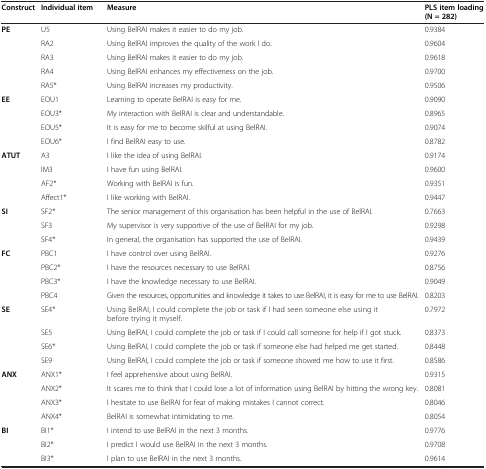
<table><thead><tr><td><b>Construct</b></td><td><b>Individual item</b></td><td><b>Measure</b></td><td><b>PLS item loading (N = 282)</b></td></tr></thead><tbody><tr><td><b>PE</b></td><td>U5</td><td>Using BelRAI makes it easier to do my job.</td><td>0.9384</td></tr><tr><td> </td><td>RA2</td><td>Using BelRAI improves the quality of the work I do.</td><td>0.9604</td></tr><tr><td> </td><td>RA3</td><td>Using BelRAI makes it easier to do my job.</td><td>0.9618</td></tr><tr><td> </td><td>RA4</td><td>Using BelRAI enhances my effectiveness on the job.</td><td>0.9700</td></tr><tr><td> </td><td>RA5*</td><td>Using BelRAI increases my productivity.</td><td>0.9506</td></tr><tr><td><b>EE</b></td><td>EOU1</td><td>Learning to operate BelRAI is easy for me.</td><td>0.9090</td></tr><tr><td> </td><td>EOU3*</td><td>My interaction with BelRAI is clear and understandable.</td><td>0.8965</td></tr><tr><td> </td><td>EOU5*</td><td>It is easy for me to become skilful at using BelRAI.</td><td>0.9074</td></tr><tr><td> </td><td>EOU6*</td><td>I find BelRAI easy to use.</td><td>0.8782</td></tr><tr><td><b>ATUT</b></td><td>A3</td><td>I like the idea of using BelRAI.</td><td>0.9174</td></tr><tr><td> </td><td>IM3</td><td>I have fun using BelRAI.</td><td>0.9600</td></tr><tr><td> </td><td>AF2*</td><td>Working with BelRAI is fun.</td><td>0.9351</td></tr><tr><td> </td><td>Affect1*</td><td>I like working with BelRAI.</td><td>0.9447</td></tr><tr><td><b>SI</b></td><td>SF2*</td><td>The senior management of this organisation has been helpful in the use of BelRAI.</td><td>0.7663</td></tr><tr><td> </td><td>SF3</td><td>My supervisor is very supportive of the use of BelRAI for my job.</td><td>0.9298</td></tr><tr><td> </td><td>SF4*</td><td>In general, the organisation has supported the use of BelRAI.</td><td>0.9439</td></tr><tr><td><b>FC</b></td><td>PBC1</td><td>I have control over using BelRAI.</td><td>0.9276</td></tr><tr><td> </td><td>PBC2*</td><td>I have the resources necessary to use BelRAI.</td><td>0.8756</td></tr><tr><td> </td><td>PBC3*</td><td>I have the knowledge necessary to use BelRAI.</td><td>0.9049</td></tr><tr><td> </td><td>PBC4</td><td>Given the resources, opportunities and knowledge it takes to use BelRAI, it is easy for me to use BelRAI.</td><td>0.8203</td></tr><tr><td><b>SE</b></td><td>SE4*</td><td>Using BelRAI, I could complete the job or task if I had seen someone else using it before trying it myself.</td><td>0.7972</td></tr><tr><td> </td><td>SE5</td><td>Using BelRAI, I could complete the job or task if I could call someone for help if I got stuck.</td><td>0.8373</td></tr><tr><td> </td><td>SE6*</td><td>Using BelRAI, I could complete the job or task if someone else had helped me get started.</td><td>0.8448</td></tr><tr><td> </td><td>SE9</td><td>Using BelRAI, I could complete the job or task if someone showed me how to use it first.</td><td>0.8586</td></tr><tr><td><b>ANX</b></td><td>ANX1*</td><td>I feel apprehensive about using BelRAI.</td><td>0.9315</td></tr><tr><td> </td><td>ANX2*</td><td>It scares me to think that I could lose a lot of information using BelRAI by hitting the wrong key.</td><td>0.8081</td></tr><tr><td> </td><td>ANX3*</td><td>I hesitate to use BelRAI for fear of making mistakes I cannot correct.</td><td>0.8046</td></tr><tr><td> </td><td>ANX4*</td><td>BelRAI is somewhat intimidating to me.</td><td>0.8054</td></tr><tr><td><b>BI</b></td><td>BI1*</td><td>I intend to use BelRAI in the next 3 months.</td><td>0.9776</td></tr><tr><td> </td><td>BI2*</td><td>I predict I would use BelRAI in the next 3 months.</td><td>0.9708</td></tr><tr><td> </td><td>BI3*</td><td>I plan to use BelRAI in the next 3 months.</td><td>0.9614</td></tr></tbody></table>